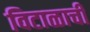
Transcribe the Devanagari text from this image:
विटाळाची